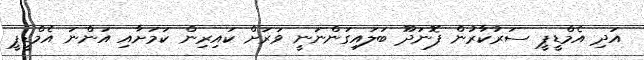
އަދި އެމްޑީޕީ ސަރުކާރުން ފޮނަދޫ ބަލައިގަންނަނީ ވަރަށް ކައިރިން ކަމަށާއި އަންނަ އެމްޑީޕީ